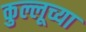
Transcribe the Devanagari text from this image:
कुल्लूच्या